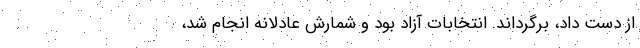
از دست داد، برگرداند. انتخابات آزاد بود و شمارش عادلانه انجام شد،